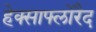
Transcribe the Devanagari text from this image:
हेक्साफ्लोरैद